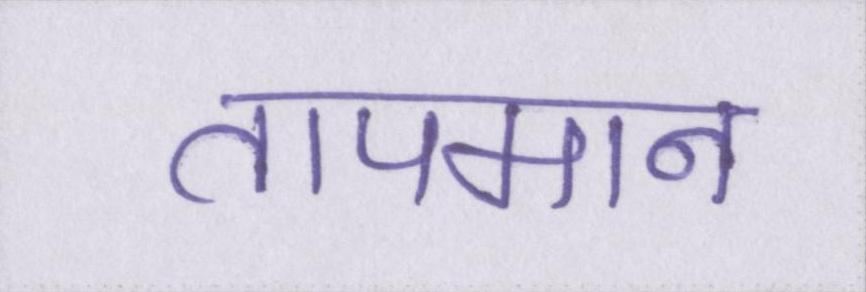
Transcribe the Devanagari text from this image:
तापमान